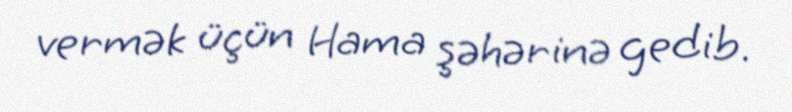
vermək üçün Hama şəhərinə gedib.